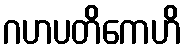
ဂဟပတိကေဟိ